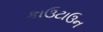
કાઉટાઉન